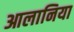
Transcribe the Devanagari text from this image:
आलानिया